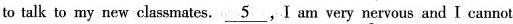
to talk to my new classmates. \underline{5},I am very nervous and I cannot